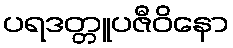
ပရဒတ္တူပဇီဝိနော